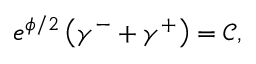
e ^ { \phi / 2 } \left( \gamma ^ { - } + \gamma ^ { + } \right) = \mathcal { C } ,